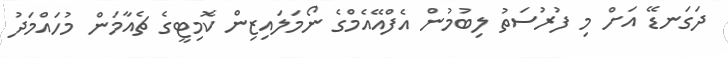
ދަގަނޑޭ އަށް މި ފުރުސަތު ލިބުމުން އެފްއޭއެމްގެ ނޯމަލައިޒިން ކޮމިޓީގެ ޗެއާމަން މުހައްމަދު